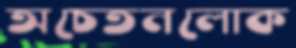
অচেতনলোক